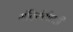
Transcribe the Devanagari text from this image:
मंदिरांतीलही